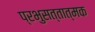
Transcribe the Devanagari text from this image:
प्रभुसत्तात्मक